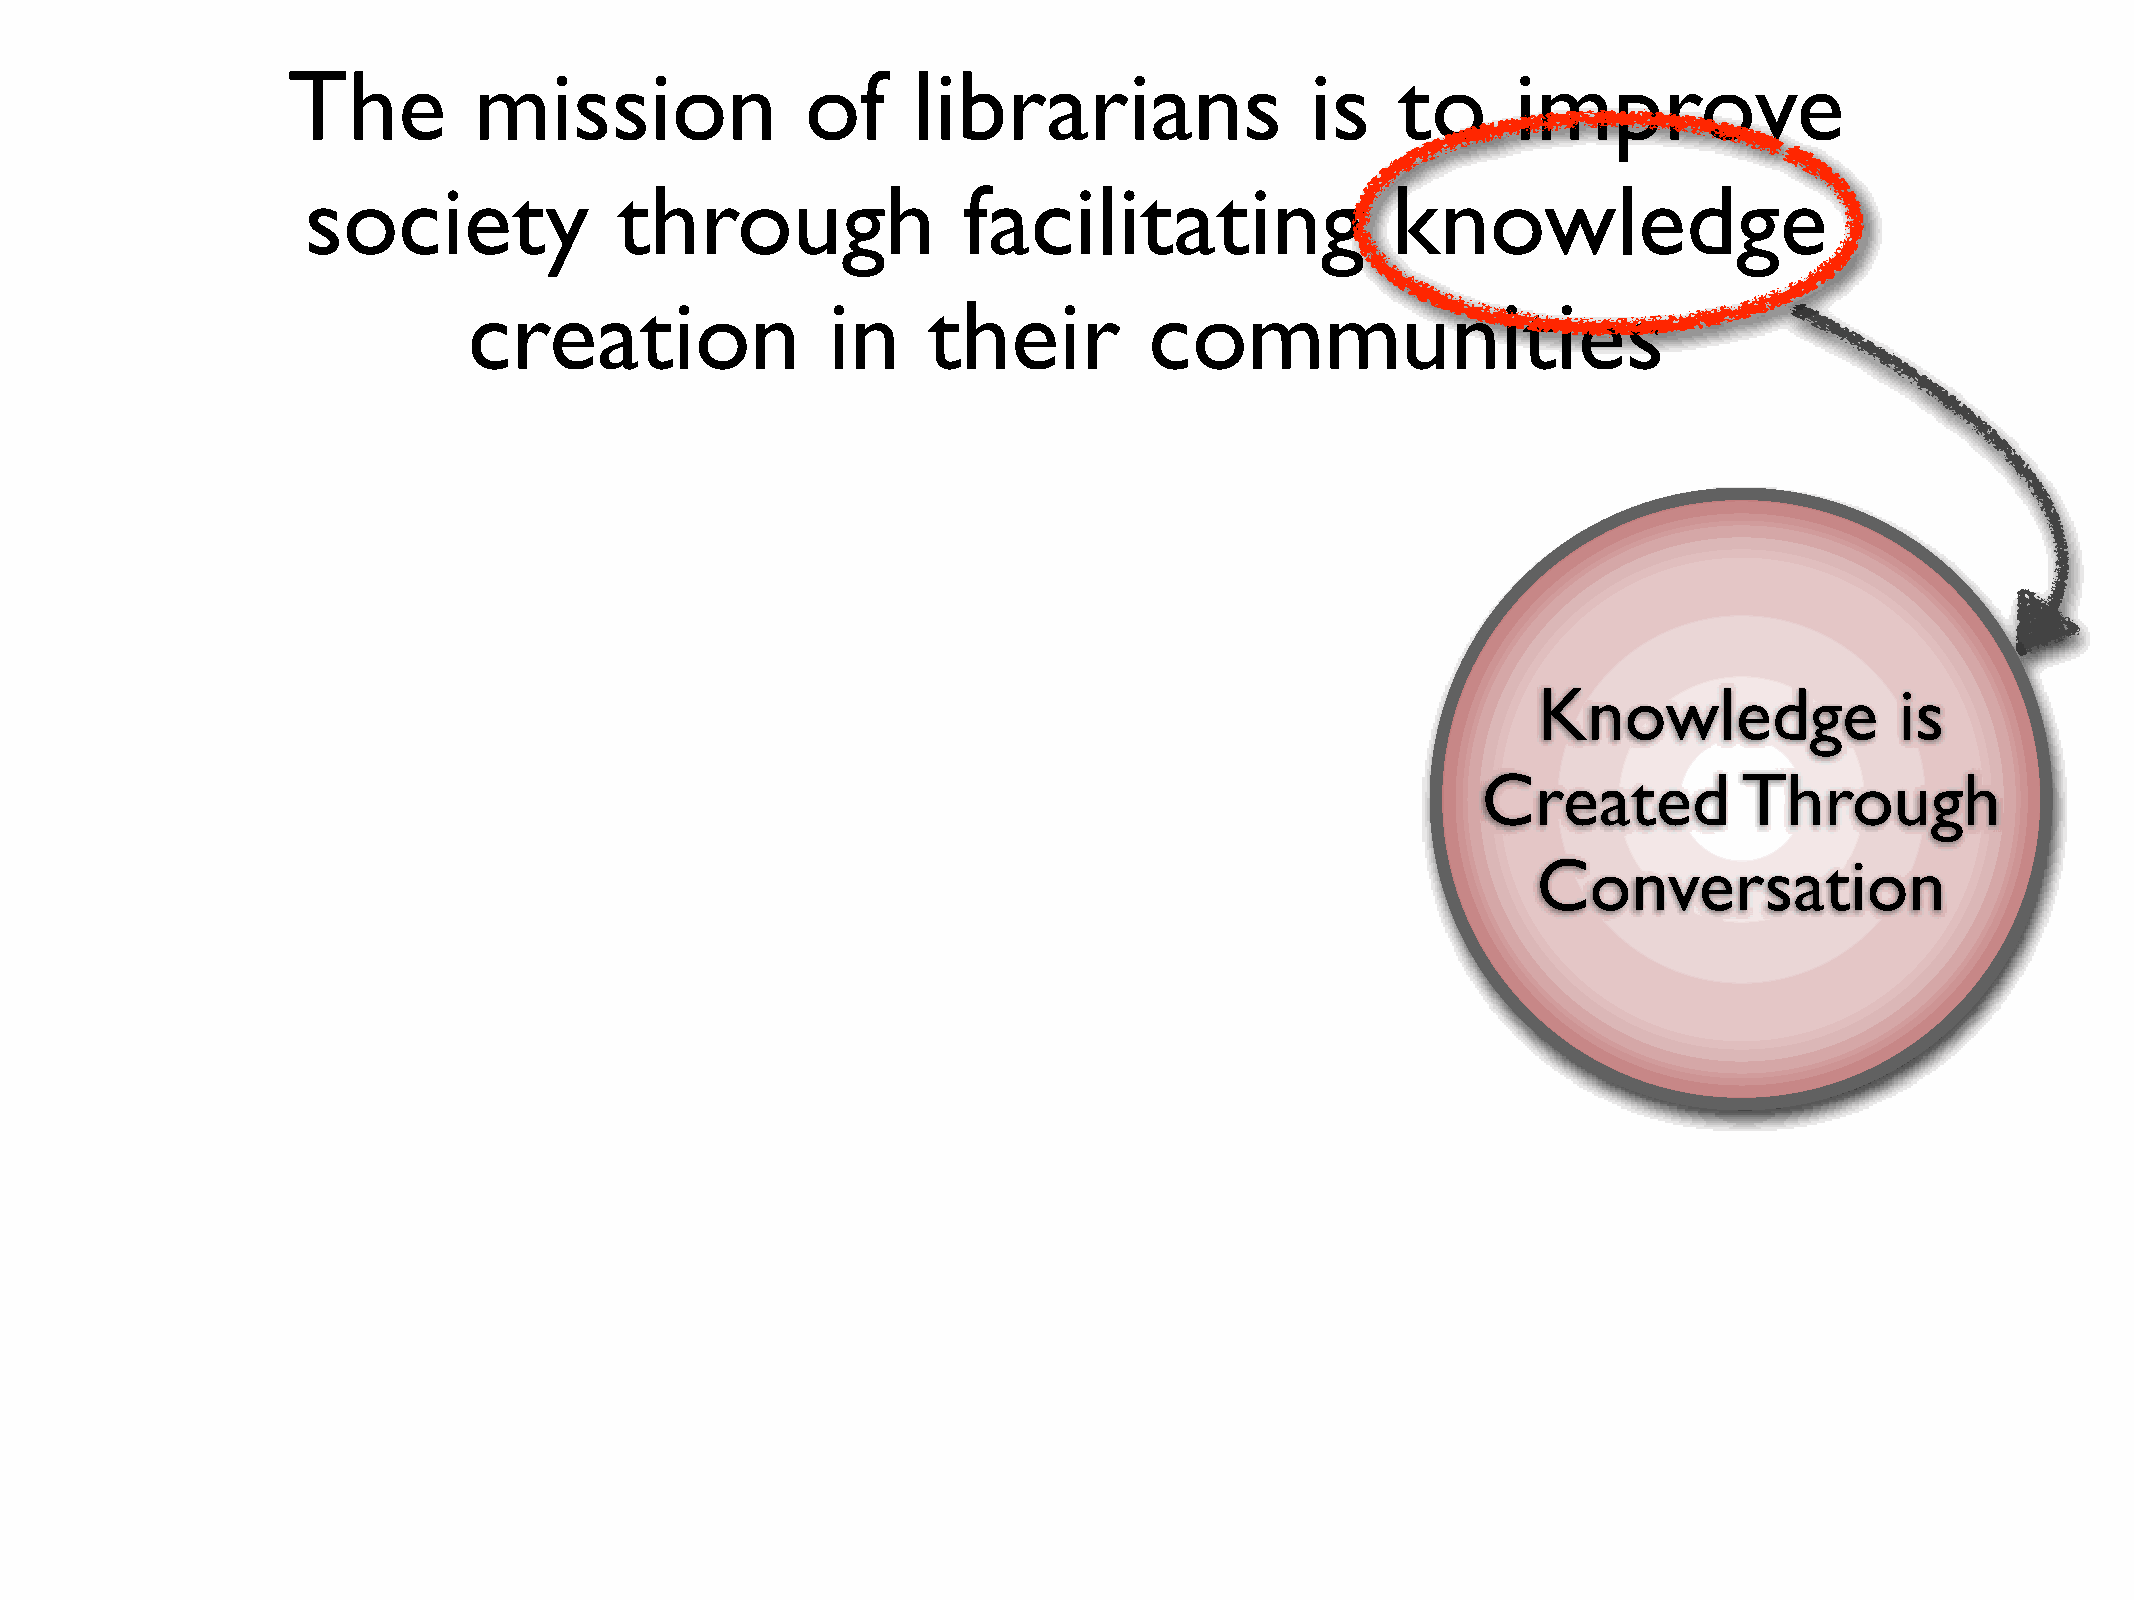
The         mission               of     librarians                 is    to     improve
 society              through                facilitating                knowledge
 creation                in    their          communities
 Knowledge               is
 Created          Through
 Conversation